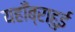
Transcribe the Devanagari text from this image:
यहाँब्राहुई